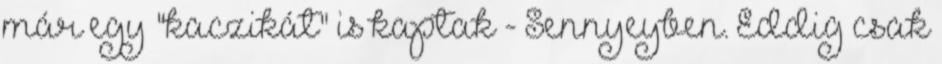
már egy "kaczikát" is kaptak - Sennyeyben. Eddig csak